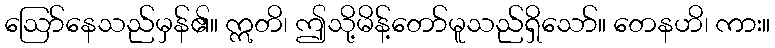
ဩော်နေသည်မှန်၏။ ဣတိ၊ ဤသို့မိန့်တော်မူသည်ရှိသော်။ တေနဟိ၊ ကား။